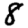
Digit: 8